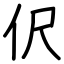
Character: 伬